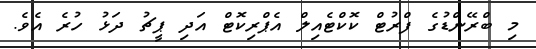
މި ބްރޭންޑުގެ ފްރުޓް ކޮކްޓެއިލް އެޕްރިކޮޓް އަދި ޕީޗު ދަޅު ހުރެ އެވެ.